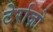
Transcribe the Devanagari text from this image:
टेर्राज़ो